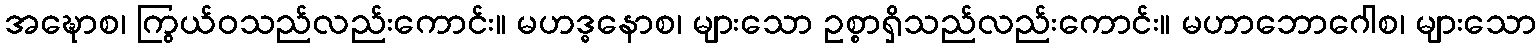
အဍ္ဎောစ၊ ကြွယ်ဝသည်လည်းကောင်း။ မဟဒ္ဓနောစ၊ များသော ဥစ္စာရှိသည်လည်းကောင်း။ မဟာဘောဂေါစ၊ များသော